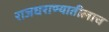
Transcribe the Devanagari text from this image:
राजघराण्यातीलाच